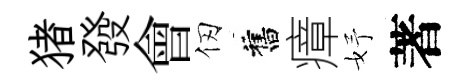
猪發會仞舊瘴妤著